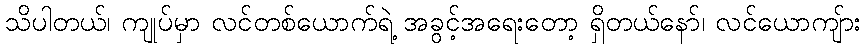
သိပါတယ်၊ ကျုပ်မှာ လင်တစ်ယောက်ရဲ့ အခွင့်အရေးတော့ ရှိတယ်နော်၊ လင်ယောကျ်ား